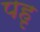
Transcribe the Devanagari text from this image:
पहृ